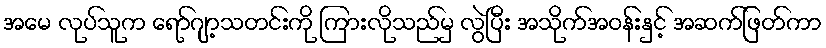
အမေ လုပ်သူက ရော်ဂျာ့သတင်းကို ကြားလိုသည်မှ လွဲပြီး အသိုက်အဝန်းနှင့် အဆက်ဖြတ်ကာ